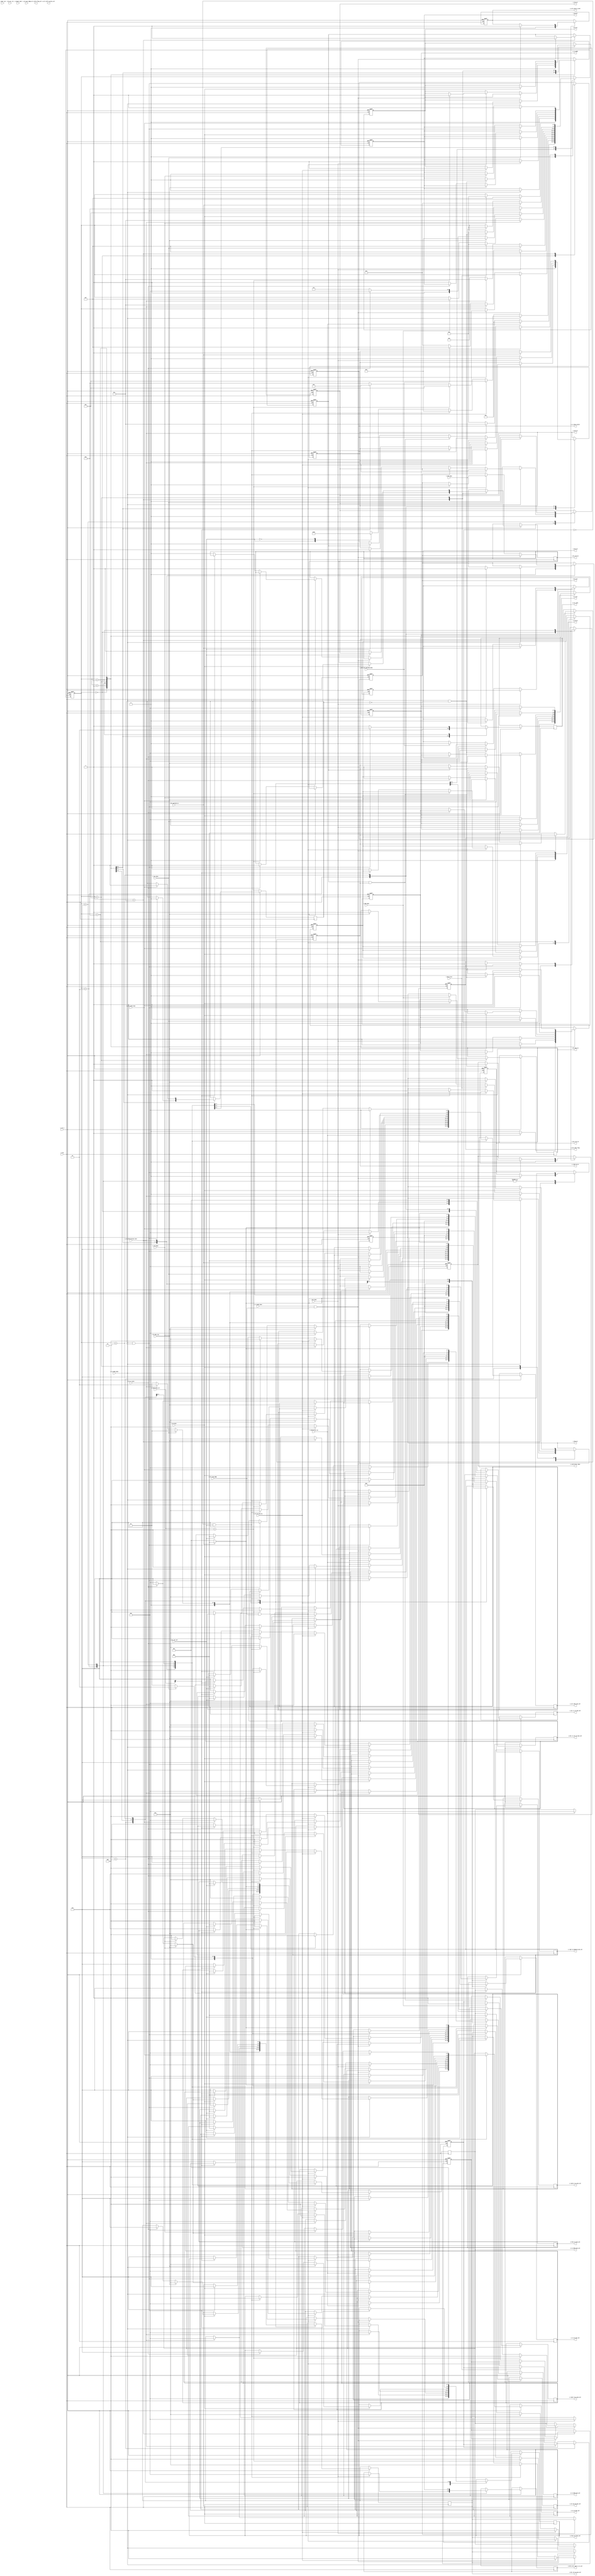
//////////////////////////////////////////////////////////////////////////////////
//==================================================================================
// MIXEL GP 2023 LIBRARY
// Copyright (c) 2023 Mixel, Inc.  All Rights Reserved.
// CONFIDENTIAL AND PROPRIETARY SOFTWARE/DATA OF MIXEL and ASU 2023 GP, INC.
//
// Revision: 
// Version : 1.0
// 
// Design Name:  I3C Engine
// Module Name:  i3c_engine
//
//==================================================================================
//
//  STATEMENT OF USE
//
//  This information contains confidential and proprietary information of MIXEL.
//  No part of this information may be reproduced, transmitted, transcribed,
//  stored in a retrieval system, or translated into any human or computer
//  language, in any form or by any means, electronic, mechanical, magnetic,
//  optical, chemical, manual, or otherwise, without the prior written permission
//  of MIXEL.  This information was prepared for Garduation Project purpose and is for
//  use by MIXEL Engineers only.  MIXEL and ASU 2023 GP reserves the right 
//  to make changes in the information at any time and without notice.
//
//==================================================================================
////////////////////////////////////////////////////////////////////////////////////

`default_nettype none

module i3c_engine (
    input  	wire          i_clk                     ,
    input  	wire          i_rst_n                   ,
    input  	wire          i_controller_en           , //from device configuration of Controller/Target role
    input   wire          i_i3c_i2c_sel             ,
    input   wire          i_sdr_done                ,
    input   wire          i_i2c_done                ,
    input   wire          i_daa_done                ,
    input   wire          i_daa_error               ,
    input   wire          i_hj_done                 , //Hot-Join Block Done-Flag 
    input   wire          i_hj_acc_rej              , //Hot-Join Request Accepted/Rejected flag [1 >> ACCEPTED , 0 >> REJECTED]
    input   wire          i_hj_daa_req              , //DAA Procedure Request (Suggestion: Trigger DAA directly for time optimization)
    input   wire          i_hj_cr_pass              , //CRR Procedure Request (Suggestion: Trigger CRH directly for time optimization)
    input   wire          i_tx_mode_done            , //Tx Current Mode Done-Flag 
    input   wire          i_rx_mode_done            , 
    input   wire          i_target_nack             , //Error-Flag (Target doesn't ACK)
    input   wire          i_rx_arbitration_lost     ,
    input   wire          i_scl_pos_edge            ,
    input   wire          i_scl_neg_edge            ,
    input   wire  [7:0]   i_regf_data_rd            ,
    input   wire          i_timer_cas               , // input from timer block >> t clock after start is done 
    input   wire          i_ccc_en_dis_hj           , //from an external input, for enable/disable events to prevent Bus-Initialization or DAA interruptions.
    input   wire          i_ibi_payload_en             ,
    input   wire          i_sdr_ibi_payload_done       ,
    input   wire          i_ibi_done                   ,
    input   wire          i_crh_done              ,    
    //input   wire          i_crh_ncr_win           ,
    //input   wire          i_crh_ncr_take_control  ,
    input   wire          i_crh_send_stop           ,
    output  reg           o_sdr_en                  ,
    output  reg           o_i2c_en                  , 
    output  reg           o_daa_en                  ,
    output  reg           o_ibi_en                  ,
    output  reg           o_hj_en                   , //Hot-Join Enable-Signal
    output  reg           o_hj_ccc                  , //Sending Hot-Join CCCs Request (if Host wanna ENHJ or DISHJ without prior HJ Request)
    output  reg           o_hj_daa_en               , //enables DAA directly after HJ with an internal Repeated_Start
    output  reg           o_hj_crh_en               , //enables CRH directly after HJ with an internal Repeated_Start
    output  reg           o_crh_en                  ,
    output  reg           o_crh_stop_is_sent        ,
    output  reg           o_tx_en                   , //Tx Enable-Flag
    output  reg   [2:0]   o_tx_mode                 , //Tx Current Mode Selector 
    output  reg           o_rx_data_valid           ,
    output  reg           o_pp_od                   , //Push-Pull/Open-Drain Selector (Always = 0 in I2C)
    output  reg           o_scl_idle                , // helds the scl to idle
    output  reg           o_bit_cnt_en              ,
    output  reg           o_regf_rd_en              ,
    output  reg   [2:0]   o_regf_rd_en_mux_sel      ,
    output  reg   [2:0]   o_regf_rd_address_mux_sel ,
    output  reg   [2:0]   o_regf_wr_en_mux_sel      ,
    output  reg   [2:0]   o_scl_pp_od_mux_sel       ,
    output  reg   [2:0]   o_tx_en_mux_sel           ,
    output  reg   [2:0]   o_tx_mode_mux_sel         ,
    output  reg   [2:0]   o_rx_en_mux_sel           ,
    output  reg   [2:0]   o_rx_mode_mux_sel         ,
    output  reg   [2:0]   o_bit_cnt_en_mux_sel      ,
    output  reg   [2:0]   o_bit_rx_cnt_en_mux_sel   ,
    output  reg   [2:0]   o_fcnt_en_mux_sel         ,
    output  reg   [2:0]   o_scl_idle_mux_sel        ,
    output  reg   [2:0]   o_fcnt_no_frms_sel        ,
    output  reg   [2:0]   o_ser_rx_tx_mux_sel       ,
    output  reg           o_i3c_idle_flag           ,
    output  reg   [2:0]  o_scl_stall_flag_sel      ,
    output  reg   [2:0]  o_scl_stall_cycles_sel    ,
    output  reg           o_controller_done        ,
    output  reg   [2:0]   o_bits_cnt_regf_rx_tx_sel
);


//-------------------------------- states encoding in gray --------------------------------------------
localparam IDLE     	     = 4'b0000 ; 
localparam START             = 4'b0001 ;
localparam SDR_MODE          = 4'b0010 ;
localparam IBI               = 4'b0011 ;
localparam I2C_MODE          = 4'b0110 ;
localparam STOP              = 4'b1111 ;
localparam ARBITRATION       = 4'b1100 ;
localparam HOT_JOIN          = 4'b1110 ;
localparam CTRL_REQ          = 4'b1010 ;
localparam DAA               = 4'b0100 ;

//--------------------------------- Mux Selection Parameters -----------------------------------------
localparam SDR_SEL        = 3'b000 ;
localparam I2C_SEL        = 3'b001 ;
localparam I3C_ENGINE_SEL = 3'b010 ;
localparam DAA_SEL        = 3'b011 ;
localparam HJ_SEL         = 3'b100 ;
localparam IBI_SEL        = 3'b101 ;
localparam CRH_SEL        = 3'b110 ;


//--------------------------------- internal wires declaration ------------------------------------------
reg [3:0] state ;
reg write_adress_to_regf    ;
reg arbitrated_adress_ready ;
reg dynamic_address_assigned ;
reg send_stop ;
//--------------------------------- controller main fsm -------------------------------------------------

always @(posedge i_clk or negedge i_rst_n) 
  begin: controller_main_fsm
    
    if (!i_rst_n) 
    	begin
            o_sdr_en          <= 1'b0   ;  
            o_i2c_en          <= 1'b0   ;
            o_daa_en          <= 1'b0   ; 
            o_hj_en           <= 1'b0   ;
            o_crh_en          <= 1'b0   ;
            o_hj_ccc          <= 1'b0   ;
            o_ibi_en          <= 1'b0 ;
            o_crh_en          <= 1'b0 ;
            o_tx_en           <= 1'b0   ; 
            o_tx_mode         <= 3'b000 ; 
            o_pp_od           <= 1'b0   ;   
            o_controller_done <= 1'b0   ; 
            o_rx_data_valid   <= 1'b0   ;
            o_bit_cnt_en      <= 1'b0   ;
            o_regf_rd_en      <= 1'b0   ;
            o_i3c_idle_flag   <= 1'b0   ; 
            o_crh_stop_is_sent <= 1'b0 ;

            /////////////       internal wires      ///////////////////

            arbitrated_adress_ready <=  1'b0 ;
            write_adress_to_regf    <=  1'b0 ;
            dynamic_address_assigned <= 1'b1 ; //for TESTINGGGGG


            state             <= IDLE   ;          
    	end

    else
    	begin
    		case(state)
    		IDLE:
                begin
                    o_sdr_en             <= 1'b0           ;
                    o_i3c_idle_flag      <= 1'b0           ;  
                    o_i2c_en             <= 1'b0           ; 
                    o_hj_en              <= 1'b0           ;
                    o_hj_ccc             <= 1'b0           ;
                    o_crh_en             <= 1'b0           ;
                    o_tx_en              <= 1'b0           ; 
                    o_tx_mode            <= 3'b000         ;
                    o_pp_od              <= 1'b0           ; 
                    o_controller_done    <= 1'b0           ; 
                    o_scl_idle           <= 1'b1           ; 
                    o_rx_data_valid      <= 1'b0           ;
                    o_scl_idle_mux_sel   <= I3C_ENGINE_SEL ;
                    o_bit_cnt_en_mux_sel <= I3C_ENGINE_SEL ; 
                    o_fcnt_no_frms_sel   <= I3C_ENGINE_SEL ; 
                    o_ser_rx_tx_mux_sel  <= I3C_ENGINE_SEL                 ;
                    o_crh_stop_is_sent   <= 1'b0 ;

                    if (i_controller_en)
                        begin
                            o_tx_en             <= 1'b1           ; 
                            o_tx_mode           <= 3'b000         ; //START MODE
                            o_scl_pp_od_mux_sel <= I3C_ENGINE_SEL ;
                            o_tx_en_mux_sel     <= I3C_ENGINE_SEL ;
                            o_tx_mode_mux_sel   <= I3C_ENGINE_SEL ;
                            state               <= START          ;
                        end
                    else if (i_rx_arbitration_lost)
                        begin
                            o_regf_wr_en_mux_sel <= I3C_ENGINE_SEL ;
                            state                <= ARBITRATION    ; 
                        end 
                    else
                        begin
                            state <= IDLE ;
                        end
                end

            /////////////////---START STATE---//////////////////
            START:
                begin 
                    o_scl_idle <= 1'b0 ;
                    if (i_tx_mode_done)
                        begin
                            o_tx_en   <= 1'b1   ; 
                            o_tx_mode <= 3'b000 ; 
                            o_pp_od   <= 1'b0   ;
                            if (i_ccc_en_dis_hj) //for enable/disable events to prevent Bus-Initialization or DAA interruptions.
                                begin
                                    o_hj_en                   <= 1'b1     ;
                                    o_hj_ccc                  <= 1'b1     ;
                                    o_regf_rd_address_mux_sel <= HJ_SEL   ;
                                    o_regf_wr_en_mux_sel      <= HJ_SEL   ;
                                    o_scl_pp_od_mux_sel       <= HJ_SEL   ;
                                    o_tx_en_mux_sel           <= HJ_SEL   ;
                                    o_tx_mode_mux_sel         <= HJ_SEL   ;
                                    o_rx_en_mux_sel           <= HJ_SEL   ;
                                    o_rx_mode_mux_sel         <= HJ_SEL   ;
                                    o_bit_cnt_en_mux_sel      <= HJ_SEL   ;
                                    o_bit_rx_cnt_en_mux_sel   <= HJ_SEL   ;
                                    o_fcnt_en_mux_sel         <= HJ_SEL   ;
                                    o_fcnt_no_frms_sel        <= HJ_SEL   ;
                                    o_regf_rd_en_mux_sel      <= HJ_SEL   ; 
                                    state                     <= HOT_JOIN ;
                                end
                            else if (!dynamic_address_assigned && i_i3c_i2c_sel)
                                begin
                                    o_daa_en                  <= 1'b1    ;                 
                                    o_regf_rd_address_mux_sel <= DAA_SEL ;
                                    o_regf_wr_en_mux_sel      <= DAA_SEL ;
                                    o_scl_pp_od_mux_sel       <= DAA_SEL ;
                                    o_tx_en_mux_sel           <= DAA_SEL ;
                                    o_tx_mode_mux_sel         <= DAA_SEL ;
                                    o_rx_en_mux_sel           <= DAA_SEL ;
                                    o_rx_mode_mux_sel         <= DAA_SEL ;
                                    o_bit_cnt_en_mux_sel      <= DAA_SEL ;
                                    o_bit_rx_cnt_en_mux_sel   <= DAA_SEL ;
                                    o_fcnt_en_mux_sel         <= DAA_SEL ;
                                    o_fcnt_no_frms_sel        <= DAA_SEL ;
                                    o_regf_rd_en_mux_sel      <= DAA_SEL ; 
                                    state                     <= DAA     ;
                                end
                            else
                                begin 
                                    case (i_i3c_i2c_sel)
                                    1'b1: 
                                        begin
                                            o_sdr_en                  <= 1'b1     ;
                                            o_regf_rd_en_mux_sel      <= SDR_SEL  ;
                                            o_regf_rd_address_mux_sel <= SDR_SEL  ;
                                            o_regf_wr_en_mux_sel      <= SDR_SEL  ;
                                            o_scl_pp_od_mux_sel       <= SDR_SEL  ;
                                            o_tx_en_mux_sel           <= SDR_SEL  ;
                                            o_tx_mode_mux_sel         <= SDR_SEL  ;
                                            o_rx_en_mux_sel           <= SDR_SEL  ;
                                            o_rx_mode_mux_sel         <= SDR_SEL  ;
                                            o_bit_cnt_en_mux_sel      <= SDR_SEL  ;
                                            o_bit_rx_cnt_en_mux_sel   <= SDR_SEL  ;
                                            o_fcnt_en_mux_sel         <= SDR_SEL  ;
                                            o_scl_idle_mux_sel        <= SDR_SEL  ; 
                                            state                     <= SDR_MODE ;
                                      end 
                                    1'b0: 
                                        begin
                                            o_i2c_en <= 1'b1     ;
                                            state    <= I2C_MODE ;
                                        end 
                                    endcase
                                end
                        end
                    else 
                        begin
                            state <= START ;
                        end
                end
            
            ARBITRATION: 
                begin 
                    if (i_rx_mode_done && i_scl_neg_edge) 
                        begin
                            o_rx_data_valid      <= 1'b1 ;
                            o_bit_cnt_en         <= 1'b0 ;
                            write_adress_to_regf <= 1'b1 ;
                        end
                    else if (arbitrated_adress_ready && i_scl_neg_edge)
                        begin 
                         if (i_regf_data_rd == {7'h02,1'b0})  /// hotjoin address
                             begin 
                                o_hj_en                   <= 1'b1     ;
                                o_hj_ccc                  <= 1'b0     ;
                                o_regf_rd_en_mux_sel      <= HJ_SEL   ;
                                o_regf_rd_address_mux_sel <= HJ_SEL   ;
                                o_regf_wr_en_mux_sel      <= HJ_SEL   ;
                                o_scl_pp_od_mux_sel       <= HJ_SEL   ;
                                o_tx_en_mux_sel           <= HJ_SEL   ;
                                o_tx_mode_mux_sel         <= HJ_SEL   ;
                                o_rx_en_mux_sel           <= HJ_SEL   ;
                                o_rx_mode_mux_sel         <= HJ_SEL   ;
                                o_bit_cnt_en_mux_sel      <= HJ_SEL   ;
                                o_bit_rx_cnt_en_mux_sel   <= HJ_SEL   ;
                                o_fcnt_en_mux_sel         <= HJ_SEL   ;
                                o_scl_idle_mux_sel        <= HJ_SEL   ;
                                o_fcnt_no_frms_sel        <= HJ_SEL   ;
                                state                     <= HOT_JOIN ;
                             end
                            else if (i_regf_data_rd[0]==1'b1)  /// IBI requesr
                              begin 
                                state <= IBI ;
                              end 
                            else if (i_regf_data_rd[0]==1'b0) /// Controller role request
                              begin
                                o_crh_en <= 1'b1 ; //controle role handoff enable signal
                                o_hj_crh_en <= 1'b0     ; //controle role request
                                state <= CTRL_REQ ;
                                o_regf_rd_en_mux_sel      <= CRH_SEL   ;
                                o_regf_rd_address_mux_sel <= CRH_SEL   ;
                                o_regf_wr_en_mux_sel      <= CRH_SEL   ;
                                o_scl_pp_od_mux_sel       <= CRH_SEL   ;
                                o_tx_en_mux_sel           <= CRH_SEL   ;
                                o_tx_mode_mux_sel         <= CRH_SEL   ;
                                o_rx_en_mux_sel           <= CRH_SEL   ;
                                o_rx_mode_mux_sel         <= CRH_SEL   ;
                                o_bit_cnt_en_mux_sel      <= CRH_SEL   ;
                                o_bit_rx_cnt_en_mux_sel   <= CRH_SEL   ;
                                o_fcnt_en_mux_sel         <= CRH_SEL   ;
                                o_scl_idle_mux_sel        <= CRH_SEL   ;
                                o_fcnt_no_frms_sel        <= CRH_SEL   ;

                              end 
                        end
                    else if (write_adress_to_regf && o_regf_rd_en )
                        begin
                            arbitrated_adress_ready <= 1'b1 ;
                        end
                    else if (write_adress_to_regf)
                        begin 
                            o_rx_data_valid <= 1'b0 ;
                            o_regf_rd_en    <= 1'b1 ;
                        end
                end
            
            //////////////---MODES AND FEATURES---//////////////
    		SDR_MODE:
                begin 
                    o_bit_cnt_en <= 1'b1 ;
                    if (i_sdr_done)
                        begin
                            o_sdr_en            <= 1'b0           ;
                            o_tx_en             <= 1'b1           ; 
                            o_tx_mode           <= 3'b010         ;
                            o_pp_od             <= 1'b1           ; //I3C STOP is driven by Push-Pull
                            o_scl_pp_od_mux_sel <= I3C_ENGINE_SEL ;
                            o_tx_en_mux_sel     <= I3C_ENGINE_SEL ;
                            o_tx_mode_mux_sel   <= I3C_ENGINE_SEL ;
                            o_scl_idle_mux_sel  <= I3C_ENGINE_SEL ;
                            o_bits_cnt_regf_rx_tx_sel <= I3C_ENGINE_SEL  ;  
                            o_ser_rx_tx_mux_sel <= I3C_ENGINE_SEL ; 
                            state               <= STOP           ;
                            //may check i_target_nack and refer an indicator to host
                        end
                    else if (i_rx_arbitration_lost)
                        begin
                            o_sdr_en              <= 1'b0           ;
                            o_tx_en               <= 1'b0           ; 
                            o_tx_en_mux_sel       <= I3C_ENGINE_SEL ;
                            o_regf_wr_en_mux_sel  <= I3C_ENGINE_SEL ;
                            o_bit_cnt_en_mux_sel  <= I3C_ENGINE_SEL ;
                            o_regf_rd_en_mux_sel  <= I3C_ENGINE_SEL  ;
                            o_ser_rx_tx_mux_sel   <= I3C_ENGINE_SEL  ;
                            state <= ARBITRATION ; 
                        end 
                    else if (i_sdr_ibi_payload_done)
                        begin
                            state <= STOP; 
                            o_ibi_en <= 1'b0 ;
                        end 
                            
                    else
                        begin
                            state <= SDR_MODE ;
                        end
                end
            
            I2C_MODE:
                begin
                    o_regf_rd_en_mux_sel      <= I2C_SEL ;
                    o_regf_rd_address_mux_sel <= I2C_SEL ;
                    o_regf_wr_en_mux_sel      <= I2C_SEL ;
                    o_scl_pp_od_mux_sel       <= I2C_SEL ;
                    o_tx_en_mux_sel           <= I2C_SEL ;
                    o_tx_mode_mux_sel         <= I2C_SEL ;
                    o_rx_en_mux_sel           <= I2C_SEL ;
                    o_rx_mode_mux_sel         <= I2C_SEL ;
                    o_bit_cnt_en_mux_sel      <= I2C_SEL ;
                    o_bit_rx_cnt_en_mux_sel   <= I2C_SEL ;
                    o_fcnt_en_mux_sel         <= I2C_SEL ;
                    o_bits_cnt_regf_rx_tx_sel <= I2C_SEL  ;

                    o_bit_cnt_en              <= 1'b1    ;
                    if (i_i2c_done)
                        begin
                            o_i2c_en            <= 1'b0           ;
                            o_tx_en             <= 1'b1           ; 
                            o_tx_mode           <= 3'b010         ;
                            o_pp_od             <= 1'b0           ; //I2C is always driven by Open-Drain
                            o_scl_pp_od_mux_sel <= I3C_ENGINE_SEL ;
                            o_tx_en_mux_sel     <= I3C_ENGINE_SEL ;
                            o_tx_mode_mux_sel   <= I3C_ENGINE_SEL ;
                            o_scl_idle_mux_sel  <= I3C_ENGINE_SEL ;  
                            state               <= STOP           ;

                            //may check i_target_nack and refer an indicator to host
                        end
                    else if (i_rx_arbitration_lost)
                        begin
                            o_regf_wr_en_mux_sel  <= I3C_ENGINE_SEL ;
                            o_bit_cnt_en_mux_sel  <= I3C_ENGINE_SEL ;
                            o_regf_rd_en_mux_sel  <= I3C_ENGINE_SEL ;
                            state                 <= ARBITRATION    ; 
                        end 
                    else
                        begin
                            state <= I2C_MODE ;
                        end
                end

            DAA: 
                begin
                    if (i_rx_arbitration_lost)
                        begin
                            o_daa_en <= 1'b0 ; 
                            o_regf_wr_en_mux_sel  <= I3C_ENGINE_SEL ;
                            o_bit_cnt_en_mux_sel  <= I3C_ENGINE_SEL ;
                            o_regf_rd_en_mux_sel  <= I3C_ENGINE_SEL ;
                            o_fcnt_no_frms_sel    <= I3C_ENGINE_SEL ;
                            state                 <= ARBITRATION    ; 
                        end 
                   else if (i_daa_error)
                    begin
                        state <= IDLE ; /// will be editted after adding errors 
                        o_daa_en <= 1'b0 ;
                    end 
                   else if (i_daa_done) 
                        begin
                            o_daa_en                 <= 1'b0 ;
                            dynamic_address_assigned <= 1'b1 ;
                            state                    <= STOP ;
                        end
                end
            
            HOT_JOIN: 
                begin
                    if (i_hj_done)
                        begin
                            o_hj_en <= 1'b0 ;
                            if (i_hj_daa_req)
                                begin
                                    o_daa_en                  <= 1'b1    ;
                                    o_hj_daa_en               <= 1'b1    ;
                                    o_regf_rd_address_mux_sel <= DAA_SEL ;
                                    o_regf_wr_en_mux_sel      <= DAA_SEL ;
                                    o_scl_pp_od_mux_sel       <= DAA_SEL ;
                                    o_tx_en_mux_sel           <= DAA_SEL ;
                                    o_tx_mode_mux_sel         <= DAA_SEL ;
                                    o_rx_en_mux_sel           <= DAA_SEL ;
                                    o_rx_mode_mux_sel         <= DAA_SEL ;
                                    o_bit_cnt_en_mux_sel      <= DAA_SEL ;
                                    o_bit_rx_cnt_en_mux_sel   <= DAA_SEL ;
                                    o_fcnt_en_mux_sel         <= DAA_SEL ;
                                    o_fcnt_no_frms_sel        <= DAA_SEL ;
                                    o_regf_rd_en_mux_sel      <= DAA_SEL ; 
                                    state                     <= DAA     ;
                                end
                            else if (i_hj_cr_pass)
                                begin
                                    o_crh_en    <= 1'b1     ; //CRH main enable signal = 1
                                    o_hj_crh_en <= 1'b1     ; //initiated by active controller 
                                    ////CRH SELECTORS////
                                    state       <= CTRL_REQ ;
                                     o_regf_rd_en_mux_sel      <= CRH_SEL   ;
                                     o_regf_rd_address_mux_sel <= CRH_SEL   ;
                                     o_regf_wr_en_mux_sel      <= CRH_SEL   ;
                                     o_scl_pp_od_mux_sel       <= CRH_SEL   ;
                                     o_tx_en_mux_sel           <= CRH_SEL   ;
                                     o_tx_mode_mux_sel         <= CRH_SEL   ;
                                     o_rx_en_mux_sel           <= CRH_SEL   ;
                                     o_rx_mode_mux_sel         <= CRH_SEL   ;
                                     o_bit_cnt_en_mux_sel      <= CRH_SEL   ;
                                     o_bit_rx_cnt_en_mux_sel   <= CRH_SEL   ;
                                     o_fcnt_en_mux_sel         <= CRH_SEL   ;
                                     o_scl_idle_mux_sel        <= CRH_SEL   ;
                                     o_fcnt_no_frms_sel        <= CRH_SEL   ;
                                end
                            //no need for hj_acc_rej till now
                            else
                                begin
                                    o_tx_en             <= 1'b1           ; 
                                    o_tx_mode           <= 3'b010         ;
                                    o_pp_od             <= 1'b1           ; //I3C STOP is driven by Push-Pull
                                    o_scl_pp_od_mux_sel <= I3C_ENGINE_SEL ;
                                    o_tx_en_mux_sel     <= I3C_ENGINE_SEL ;
                                    o_tx_mode_mux_sel   <= I3C_ENGINE_SEL ;
                                    o_scl_idle_mux_sel  <= I3C_ENGINE_SEL ;  
                                    state               <= STOP           ;
                                end
                        end
                    /*else if (i_rx_arbitration_lost)
                        begin
                            o_hj_en               <= 1'b0           ;
                            o_regf_wr_en_mux_sel  <= I3C_ENGINE_SEL ;
                            o_bit_cnt_en_mux_sel  <= I3C_ENGINE_SEL ;
                            o_regf_rd_en_mux_sel  <= I3C_ENGINE_SEL ;
                            o_fcnt_no_frms_sel    <= I3C_ENGINE_SEL ;
                            state                 <= ARBITRATION    ; 
                        end */
                    else
                        begin
                            state <= HOT_JOIN ;
                        end
                end
           
            /////////////////---STOP STATE---////////////////
            STOP:
                begin 
                    o_scl_idle <= 1'b1 ; //Yaseen's Edit 
                    if(i_tx_mode_done && send_stop)
                        begin
                            o_tx_en           <= 1'b0   ; 
                            o_tx_mode         <= 3'b010 ;
                            o_scl_idle <= 1'b0 ;
                            o_regf_rd_en_mux_sel      <= CRH_SEL   ;
                            o_regf_rd_address_mux_sel <= CRH_SEL   ;
                            o_regf_wr_en_mux_sel      <= CRH_SEL   ;
                            o_scl_pp_od_mux_sel       <= CRH_SEL   ;
                            o_tx_en_mux_sel           <= CRH_SEL   ;
                            o_tx_mode_mux_sel         <= CRH_SEL   ;
                            o_rx_en_mux_sel           <= CRH_SEL   ;
                            o_rx_mode_mux_sel         <= CRH_SEL   ;
                            o_bit_cnt_en_mux_sel      <= CRH_SEL   ;
                            o_bit_rx_cnt_en_mux_sel   <= CRH_SEL   ;
                            o_fcnt_en_mux_sel         <= CRH_SEL   ;
                            o_scl_idle_mux_sel        <= CRH_SEL   ;
                            o_fcnt_no_frms_sel        <= CRH_SEL   ;
                            state <= CTRL_REQ ;
                            o_crh_stop_is_sent <= 1'b1 ;
                            send_stop <= 1'b0 ; 
                        end
                    else if (i_tx_mode_done && !send_stop)
                        begin
                            o_tx_en           <= 1'b0   ; 
                            o_tx_mode         <= 3'b010 ;
                            o_pp_od           <= 1'b0   ; 
                            o_controller_done <= 1'b1   ;
                            o_i3c_idle_flag   <= 1'b1   ; 
                            state             <= IDLE   ;
                        end
                    
                end

            IBI: begin
                    o_regf_rd_en_mux_sel      <= IBI_SEL;
                    o_regf_rd_address_mux_sel <= IBI_SEL;
                    o_regf_wr_en_mux_sel      <= IBI_SEL;
                    o_scl_pp_od_mux_sel       <= IBI_SEL;
                    o_tx_en_mux_sel           <= IBI_SEL;
                    o_tx_mode_mux_sel         <= IBI_SEL;
                    o_rx_en_mux_sel           <= IBI_SEL;
                    o_rx_mode_mux_sel         <= IBI_SEL;
                    o_bit_cnt_en_mux_sel      <= IBI_SEL;
                    o_bit_rx_cnt_en_mux_sel   <= IBI_SEL;
                    o_fcnt_en_mux_sel         <= IBI_SEL;
                     o_fcnt_no_frms_sel       <= IBI_SEL;
                     o_ser_rx_tx_mux_sel      <= IBI_SEL;

                    if (i_ibi_payload_en)      
    		            begin
                          o_sdr_en                  <= 1'b1     ;
                          o_fcnt_no_frms_sel        <=IBI_SEL  ; // to select payload max size 

                           o_regf_rd_en_mux_sel      <= SDR_SEL  ;
                           o_regf_rd_address_mux_sel <= SDR_SEL  ;
                           o_regf_wr_en_mux_sel      <= SDR_SEL  ;
                           o_scl_pp_od_mux_sel       <= SDR_SEL  ;
                           o_tx_en_mux_sel           <= SDR_SEL  ;
                           o_tx_mode_mux_sel         <= SDR_SEL  ;
                           o_rx_en_mux_sel           <= SDR_SEL  ;
                           o_rx_mode_mux_sel         <= SDR_SEL  ;
                           o_bit_cnt_en_mux_sel      <= SDR_SEL  ;
                           o_bit_rx_cnt_en_mux_sel   <= SDR_SEL  ;
                           o_fcnt_en_mux_sel         <= SDR_SEL  ;
                           o_scl_idle_mux_sel        <= SDR_SEL  ; 
    		               state <= SDR_MODE;
    		            end

                    else if (i_ibi_done)    
                        begin
                            o_ibi_en <= 1'b0 ;
                            state <= IDLE;
                        end     
                  end

             CTRL_REQ: begin
              if(i_crh_send_stop)
                begin
                  state               <= STOP ; 
                  o_tx_en             <= 1'b1      ;
                  o_tx_mode           <= 3'b010    ; //stop bit
                  o_pp_od             <= 1'b1      ; 
                  send_stop           <= 1'b1      ;
                  //o_scl_idle         <= 1'b0 ; 
                  o_scl_pp_od_mux_sel <= I3C_ENGINE_SEL ;
                  o_tx_en_mux_sel     <= I3C_ENGINE_SEL ;
                  o_tx_mode_mux_sel   <= I3C_ENGINE_SEL ;
                  o_scl_idle_mux_sel  <= I3C_ENGINE_SEL ;  
                end
              else if(i_crh_done)
                begin
                  state               <= IDLE ;
                  o_scl_pp_od_mux_sel <= I3C_ENGINE_SEL ;
                  o_tx_en_mux_sel     <= I3C_ENGINE_SEL ;
                  o_tx_mode_mux_sel   <= I3C_ENGINE_SEL ;
                  o_scl_idle_mux_sel  <= I3C_ENGINE_SEL ;  
                  o_crh_en            <= 1'b0 ;
                  o_pp_od             <= 1'b0           ; 
                end
                            
                        end

            endcase
            
    	end
  end

endmodule

`default_nettype wire